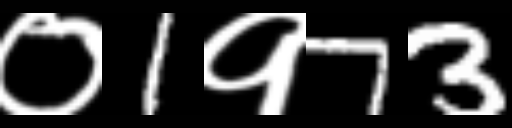
Text: ०1१73